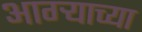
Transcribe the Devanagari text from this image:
आग्‍र्‍याच्या